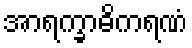
အာရက္ခာဓိကရဏံ